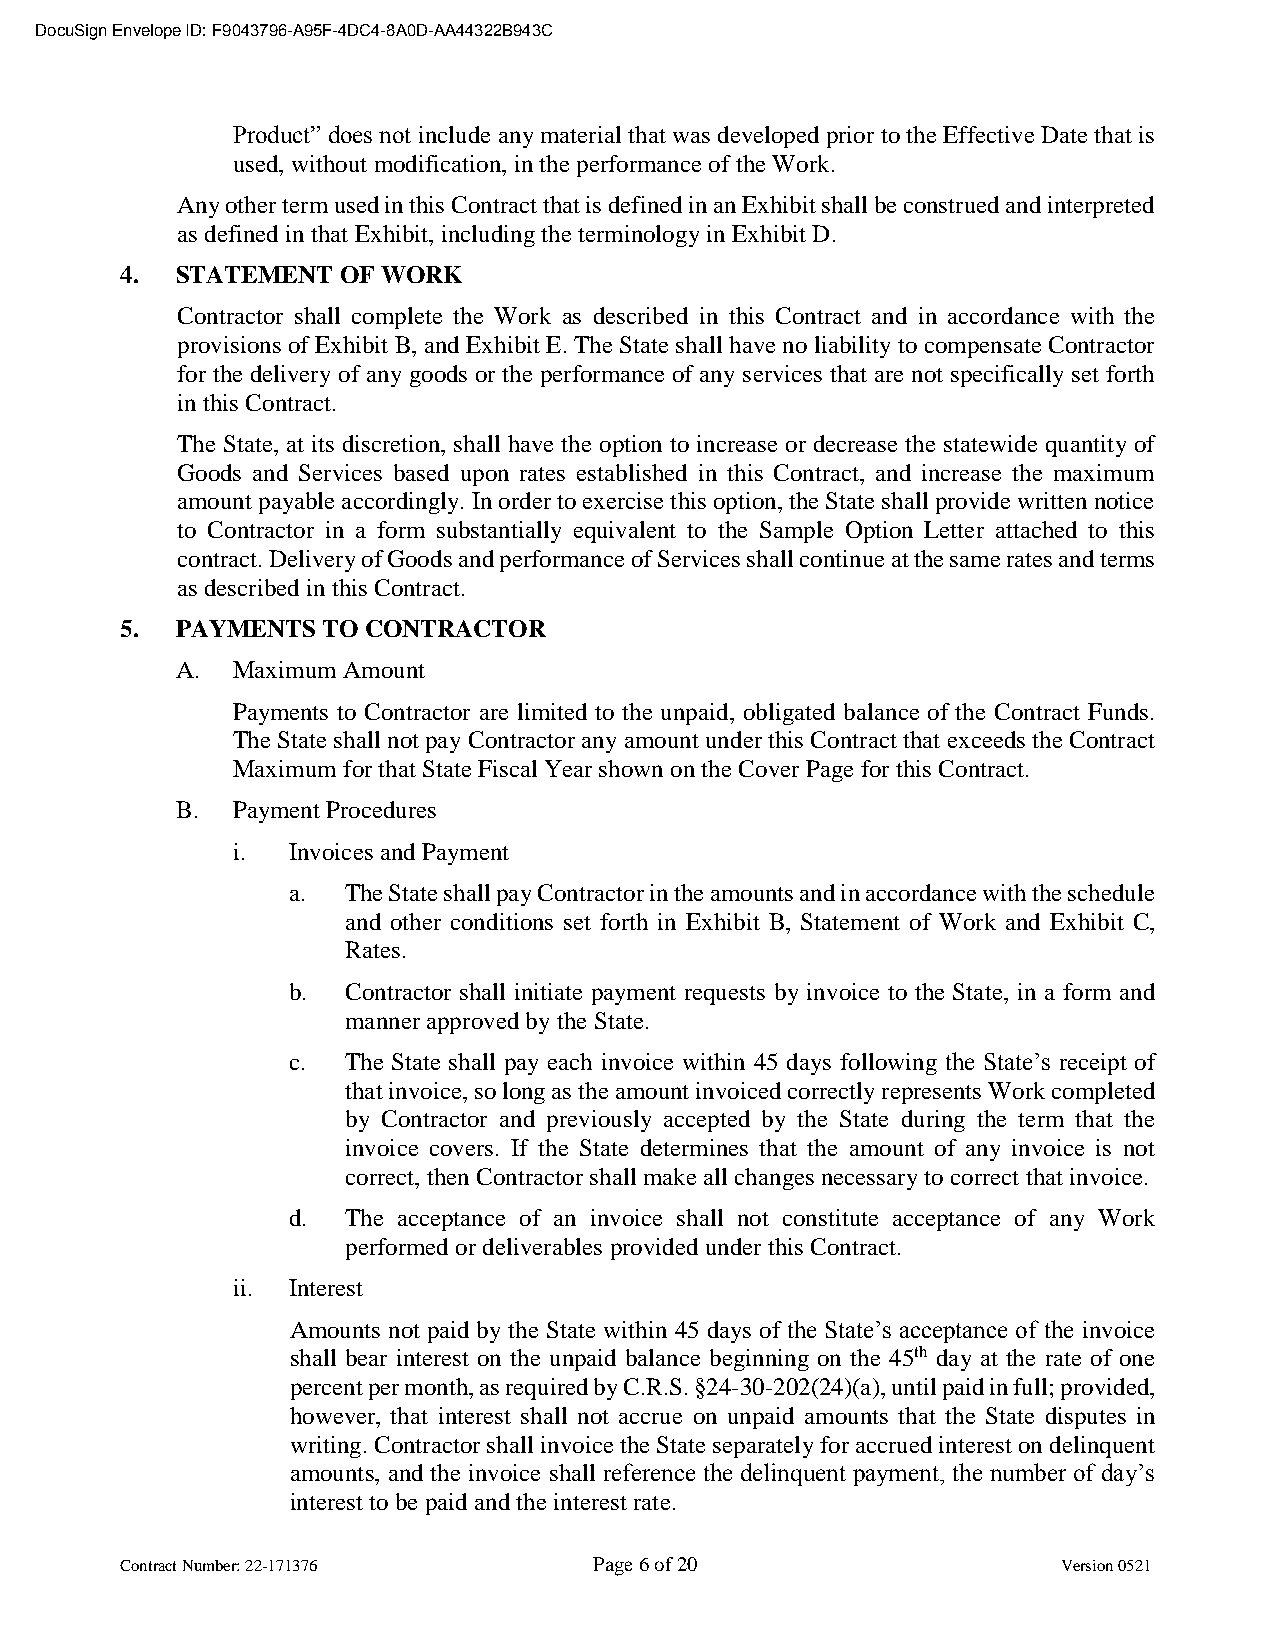
DocuSign Envelope ID: F9043796-A95F-4DC4-8A0D-AA44322B943C
 Product” does not include any material that was developed prior to the Effective Date that is
 used, without modification, in the performance of the Work.
 Any other term used in this Contract that is defined in an Exhibit shall be construed and interpreted
 as defined in that Exhibit, including the terminology in Exhibit D.
 4.  STATEMENT OF WORK
 Contractor shall complete the Work as described in this Contract and in accordance with the
 provisions of Exhibit B, and Exhibit E. The State shall have no liability to compensate Contractor
 for the delivery of any goods or the performance of any services that are not specifically set forth
 in this Contract.
 The State, at its discretion, shall have the option to increase or decrease the statewide quantity of
 Goods and Services based upon rates established in this Contract, and increase the maximum
 amount payable accordingly. In order to exercise this option, the State shall provide written notice
 to Contractor in a form substantially equivalent to the Sample Option Letter attached to this
 contract. Delivery of Goods and performance of Services shall continue at the same rates and terms
 as described in this Contract.
 5.  PAYMENTS TO CONTRACTOR
 A. Maximum Amount
 Payments to Contractor are limited to the unpaid, obligated balance of the Contract Funds.
 The State shall not pay Contractor any amount under this Contract that exceeds the Contract
 Maximum for that State Fiscal Year shown on the Cover Page for this Contract.
 B. Payment Procedures
 i.  Invoices and Payment
 a.  The State shall pay Contractor in the amounts and in accordance with the schedule
 and other conditions set forth in Exhibit B, Statement of Work and Exhibit C,
 Rates.
 b.  Contractor shall initiate payment requests by invoice to the State, in a form and
 manner approved by the State.
 c.  The State shall pay each invoice within 45 days following the State’s receipt of
 that invoice, so long as the amount invoiced correctly represents Work completed
 by Contractor and previously accepted by the State during the term that the
 invoice covers. If the State determines that the amount of any invoice is not
 correct, then Contractor shall make all changes necessary to correct that invoice.
 d.  The acceptance of an invoice shall not constitute acceptance of any Work
 performed or deliverables provided under this Contract.
 ii. Interest
 Amounts not paid by the State within 45 days of the State’s acceptance of the invoice
 shall bear interest on the unpaid balance beginning on the 45th day at the rate of one
 percent per month, as required by C.R.S. §24-30-202(24)(a), until paid in full; provided,
 however, that interest shall not accrue on unpaid amounts that the State disputes in
 writing. Contractor shall invoice the State separately for accrued interest on delinquent
 amounts, and the invoice shall reference the delinquent payment, the number of day’s
 interest to be paid and the interest rate.
 Contract Number: 22-171376     Page 6 of 20                   Version 0521